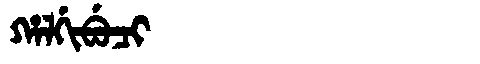
Manchu: ᡥᠠᠯᡤᡳᠪᡠᠴᡳ
Romanization: HALGIBUCI